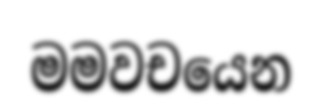
මමවචයෙන